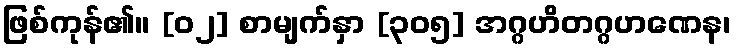
ဖြစ်ကုန်၏။ [၀၂] စာမျက်နှာ [၃၀၅] အဂ္ဂဟိတဂ္ဂဟဏေန၊